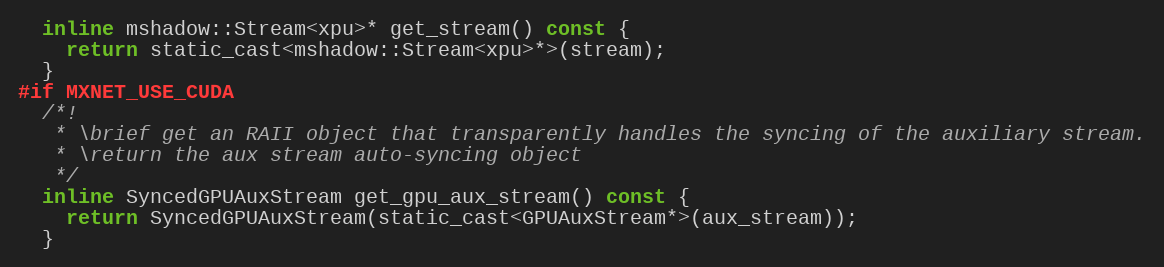
Language: C
  inline mshadow::Stream<xpu>* get_stream() const {
    return static_cast<mshadow::Stream<xpu>*>(stream);
  }
#if MXNET_USE_CUDA
  /*!
   * \brief get an RAII object that transparently handles the syncing of the auxiliary stream.
   * \return the aux stream auto-syncing object
   */
  inline SyncedGPUAuxStream get_gpu_aux_stream() const {
    return SyncedGPUAuxStream(static_cast<GPUAuxStream*>(aux_stream));
  }